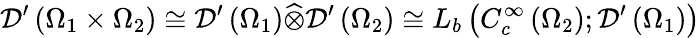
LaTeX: {\mathcal{D}}^{\prime}\left(\Omega_{1}\times\Omega_{2}\right)\cong{\mathcal{D}}^{\prime}\left(\Omega_{1}\right){\widehat{\otimes}}{\mathcal{D}}^{\prime}\left(\Omega_{2}\right)\cong L_{b}\left(C_{c}^{\infty}\left(\Omega_{2}\right);{\mathcal{D}}^{\prime}\left(\Omega_{1}\right)\right)